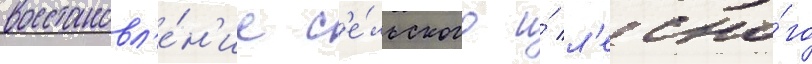
восстановл'е́н'ие с'е́льского и́ л'есно́го